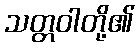
သတ္တဝါတို့၏